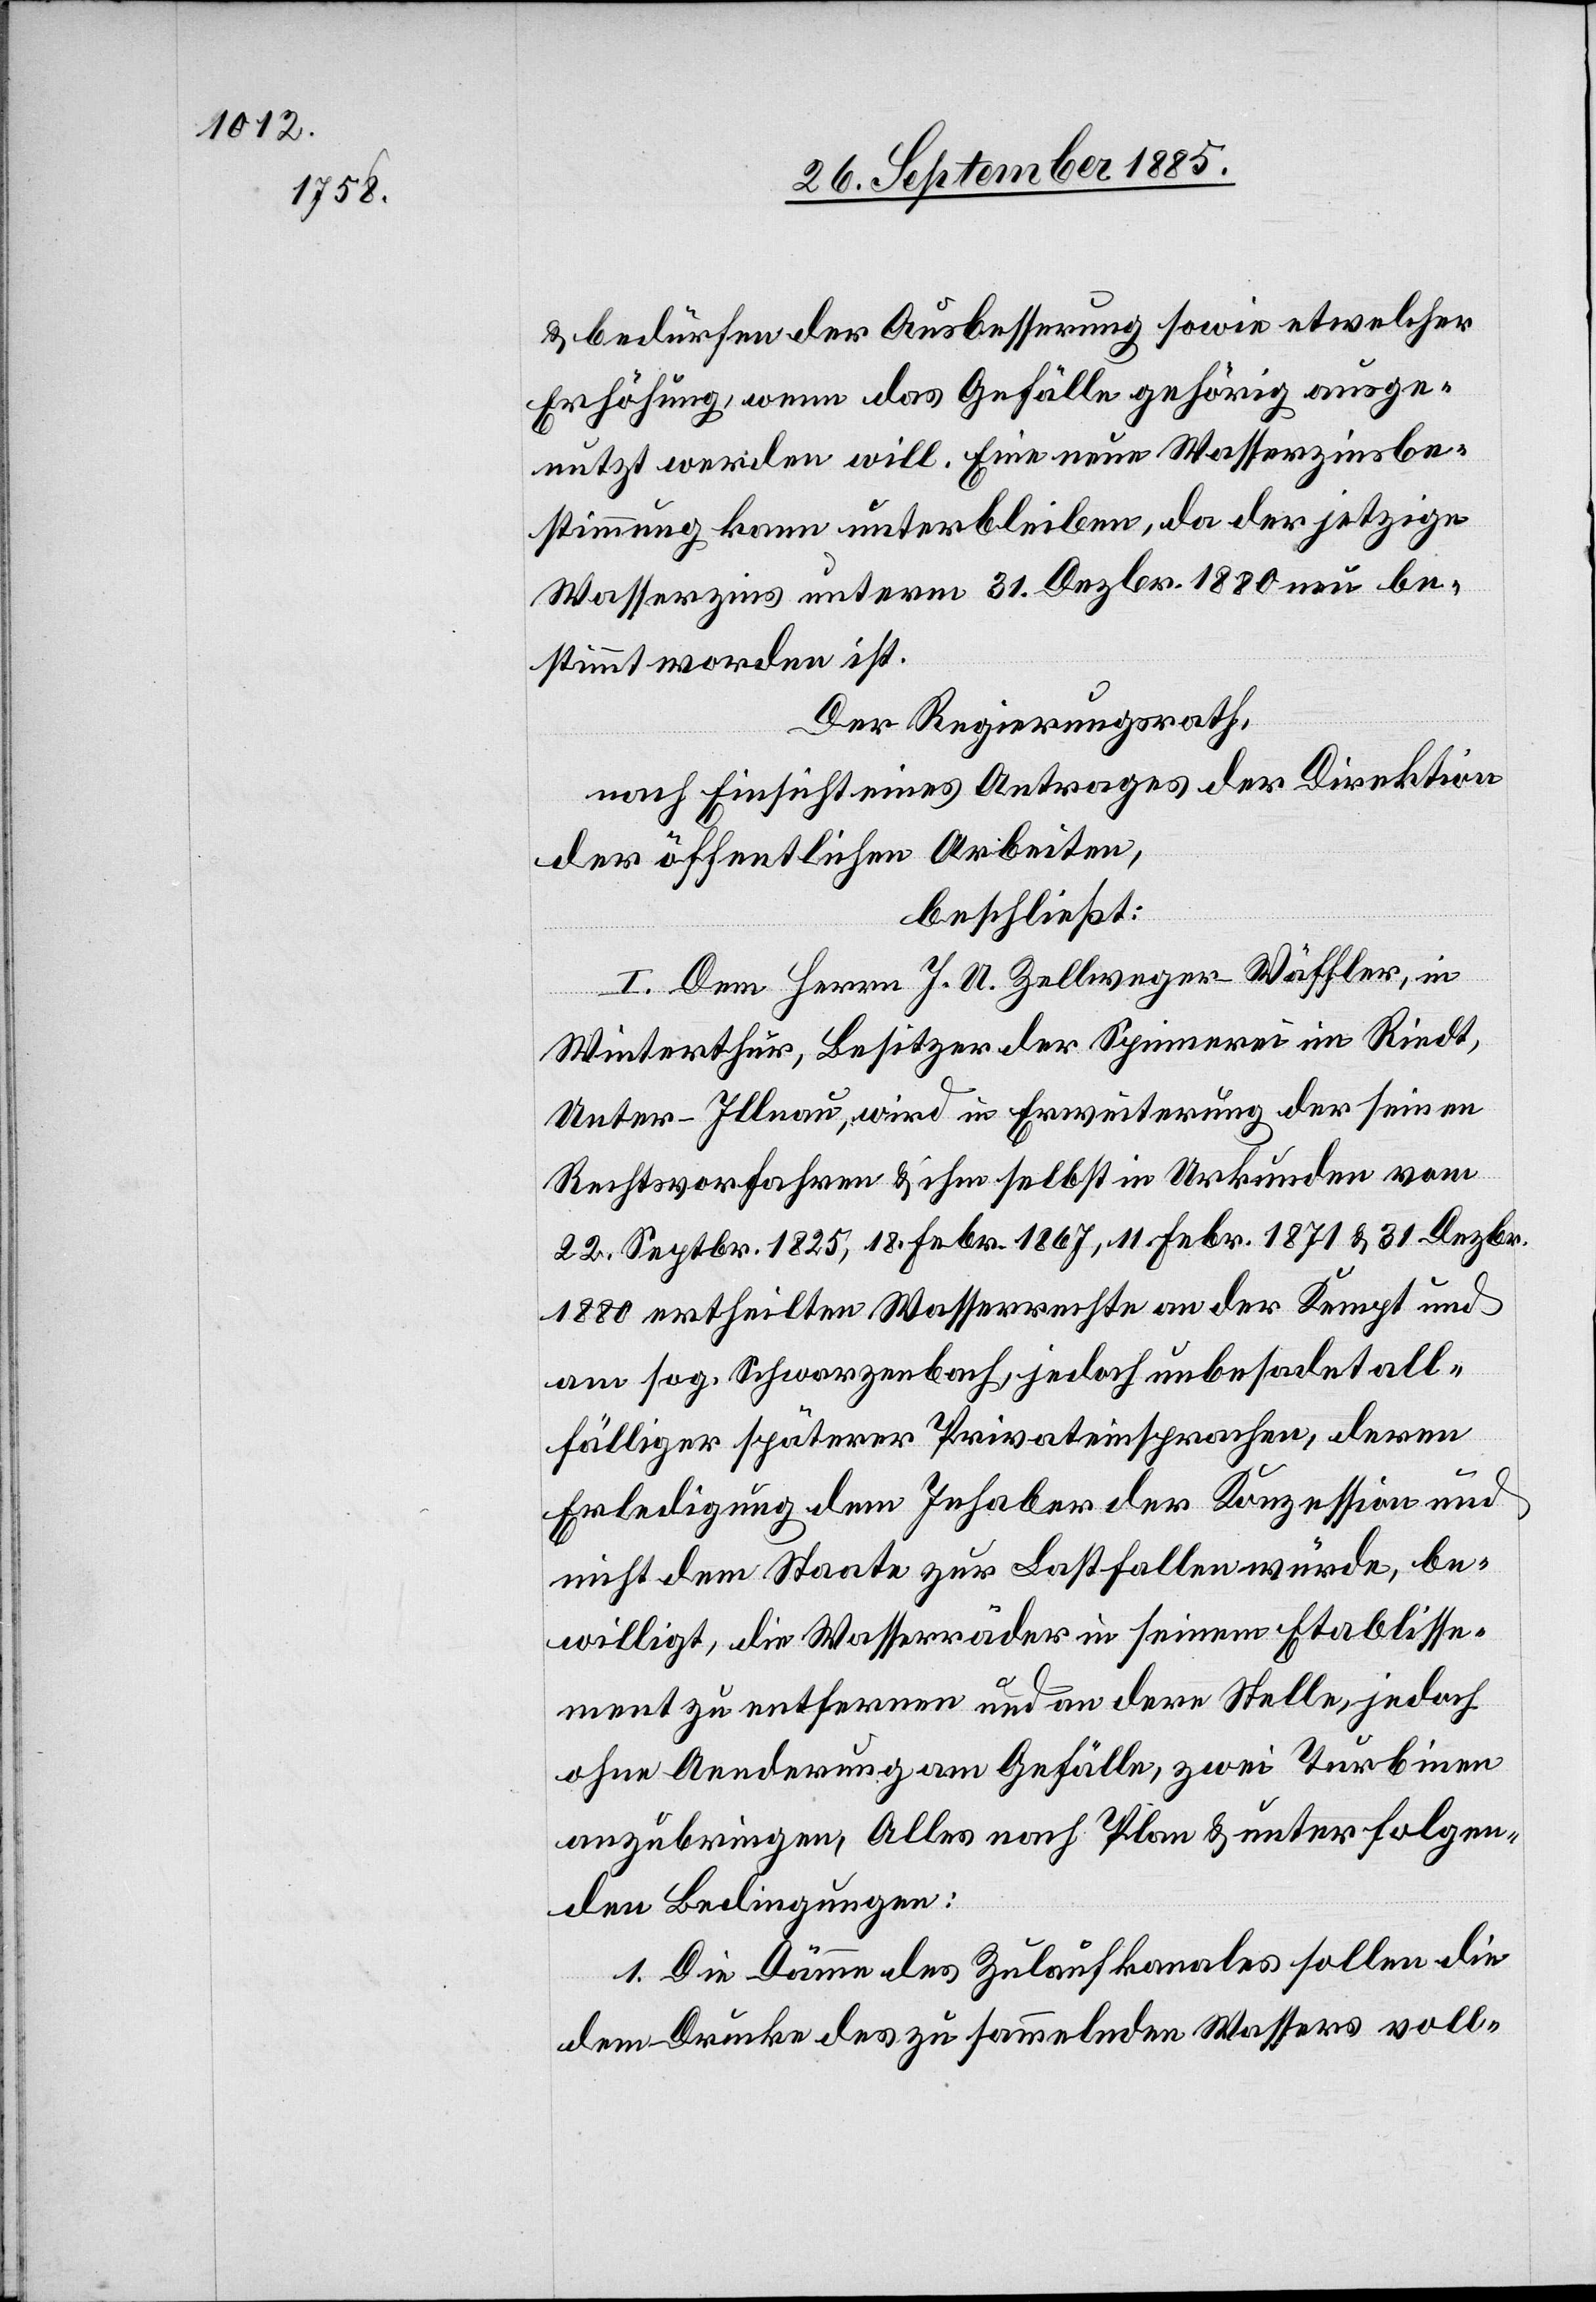
& bedürfen der Ausbesserung sowie etwelcher
Erhöhung, wenn das Gefälle gehörig ausge¬
nutzt werden will. Eine neue Wasserzinsbe¬
stimmung kann unterbleiben, da der jetzige
Wasserzins unterm 31. Dezbr. 1880 neu be¬
stimmt worden ist.
Der Regierungsrath,
nach Einsicht eines Antrages der Direktion
der öffentlichen Arbeiten,
beschließt:
I. Dem Herrn J. A. Zellweger-Wäffler, in
Winterthur, Besitzer der Spinnerei im Riedt,
Unter-Illnau, wird in Erweiterung der seinen
Rechtsvorfahren & ihm selbst in Urkunden vom
22. Septbr. 1825, 18. Febr. 1867, 11. Febr. 1871 & 31. Dezbr.
1880 ertheilten Wasserrechte an der Kempt und
am sog. Schwarzenbach, jedoch unbes[ch]adet all¬
fälliger späterer Privateinsprachen, deren
Erledigung dem Inhaber der Konzession und
nicht dem Staate zur Last fallen würde, be¬
willigt, die Wasserräder in seinem Etablisse¬
ment zu entfernen und an dere[n] Stelle, jedoch
ohne Aenderung am Gefälle, zwei Turbinen
anzubringen, Alles nach Plan & unter folgen¬
den Bedingungen:
1. Die Dämme des Zulaufkanales sollen die
dem Drucke des zu sammelnden Wassers voll-